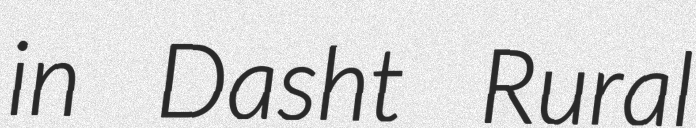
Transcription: in Dasht Rural